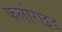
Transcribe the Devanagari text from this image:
फलोराइड